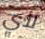
لأي